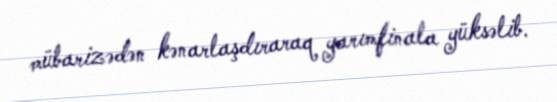
mübarizədən kənarlaşdıraraq yarımfinala yüksəlib.